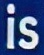
is